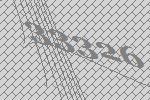
33326